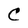
Character: C